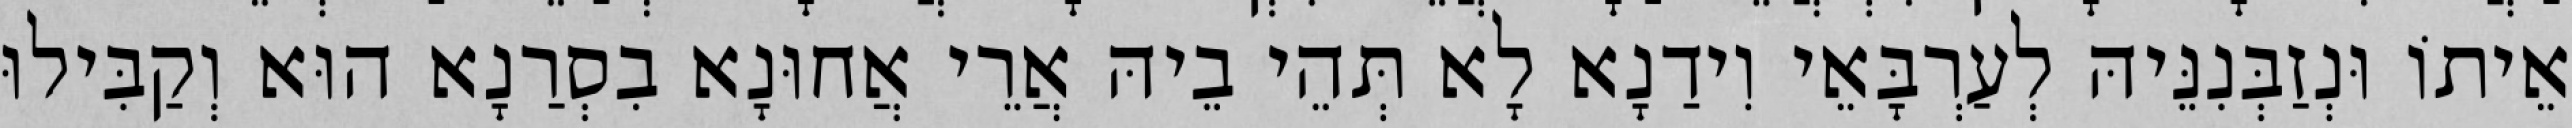
אֵיתוֹ וּנְזַבְּנִנֵּיהּ לְעַרְבָּאֵי וִידַנָא לָא תְּהֵי בֵיהּ אֲרֵי אֲחוּנָא בִסְרַנָא הוּא וְקַבִּילוּ